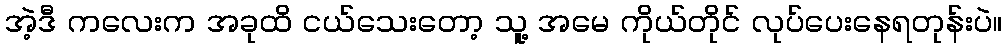
အဲ့ဒီ ကလေးက အခုထိ ငယ်သေးတော့ သူ့ အမေ ကိုယ်တိုင် လုပ်ပေးနေရတုန်းပဲ။